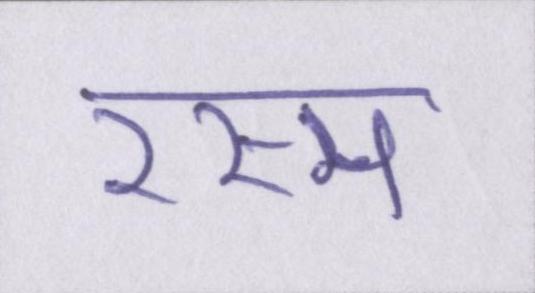
रस्म